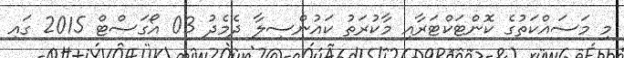
މި މަސައްކަތުގެ ކޮންޓަކްޓަރާއި މާކުރަތު ކައުންސިލާ ދެމެދު 03 އޯގަސްޓް 2015 ގައި